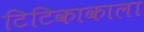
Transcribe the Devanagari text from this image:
टिटिकाकाला